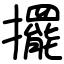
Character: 擺